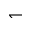
\leftharpoondown